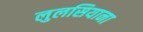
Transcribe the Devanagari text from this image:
लुलसियाना